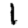
Digit: 1